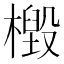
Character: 檓